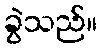
ခွဲသည်။